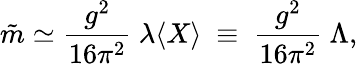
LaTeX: \tilde{m}\simeq{\frac{g^{2}}{16\pi^{2}}}~\lambda\langle X\rangle~\equiv~{\frac{g^{2}}{16\pi^{2}}}~\Lambda,